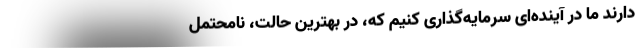
دارند ما در آینده‌ای سرمایه‌گذاری کنیم که، در بهترین حالت، نامحتمل